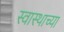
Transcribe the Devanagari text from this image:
स्वास्थाच्या